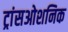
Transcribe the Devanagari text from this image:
ट्रांसओशनिक